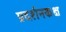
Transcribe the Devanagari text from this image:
प्रदर्शनकक्ष